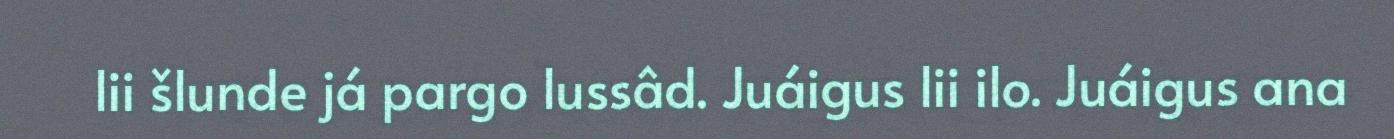
lii šlunde já pargo lussâd. Juáigus lii ilo. Juáigus ana